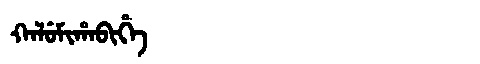
Manchu: ᡴᠠᠯᡠᠮᡳᡥᠠᠪᡳᡥᡝ
Romanization: KALUMIHABIHE